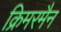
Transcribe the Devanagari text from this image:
क्रिमरमैन